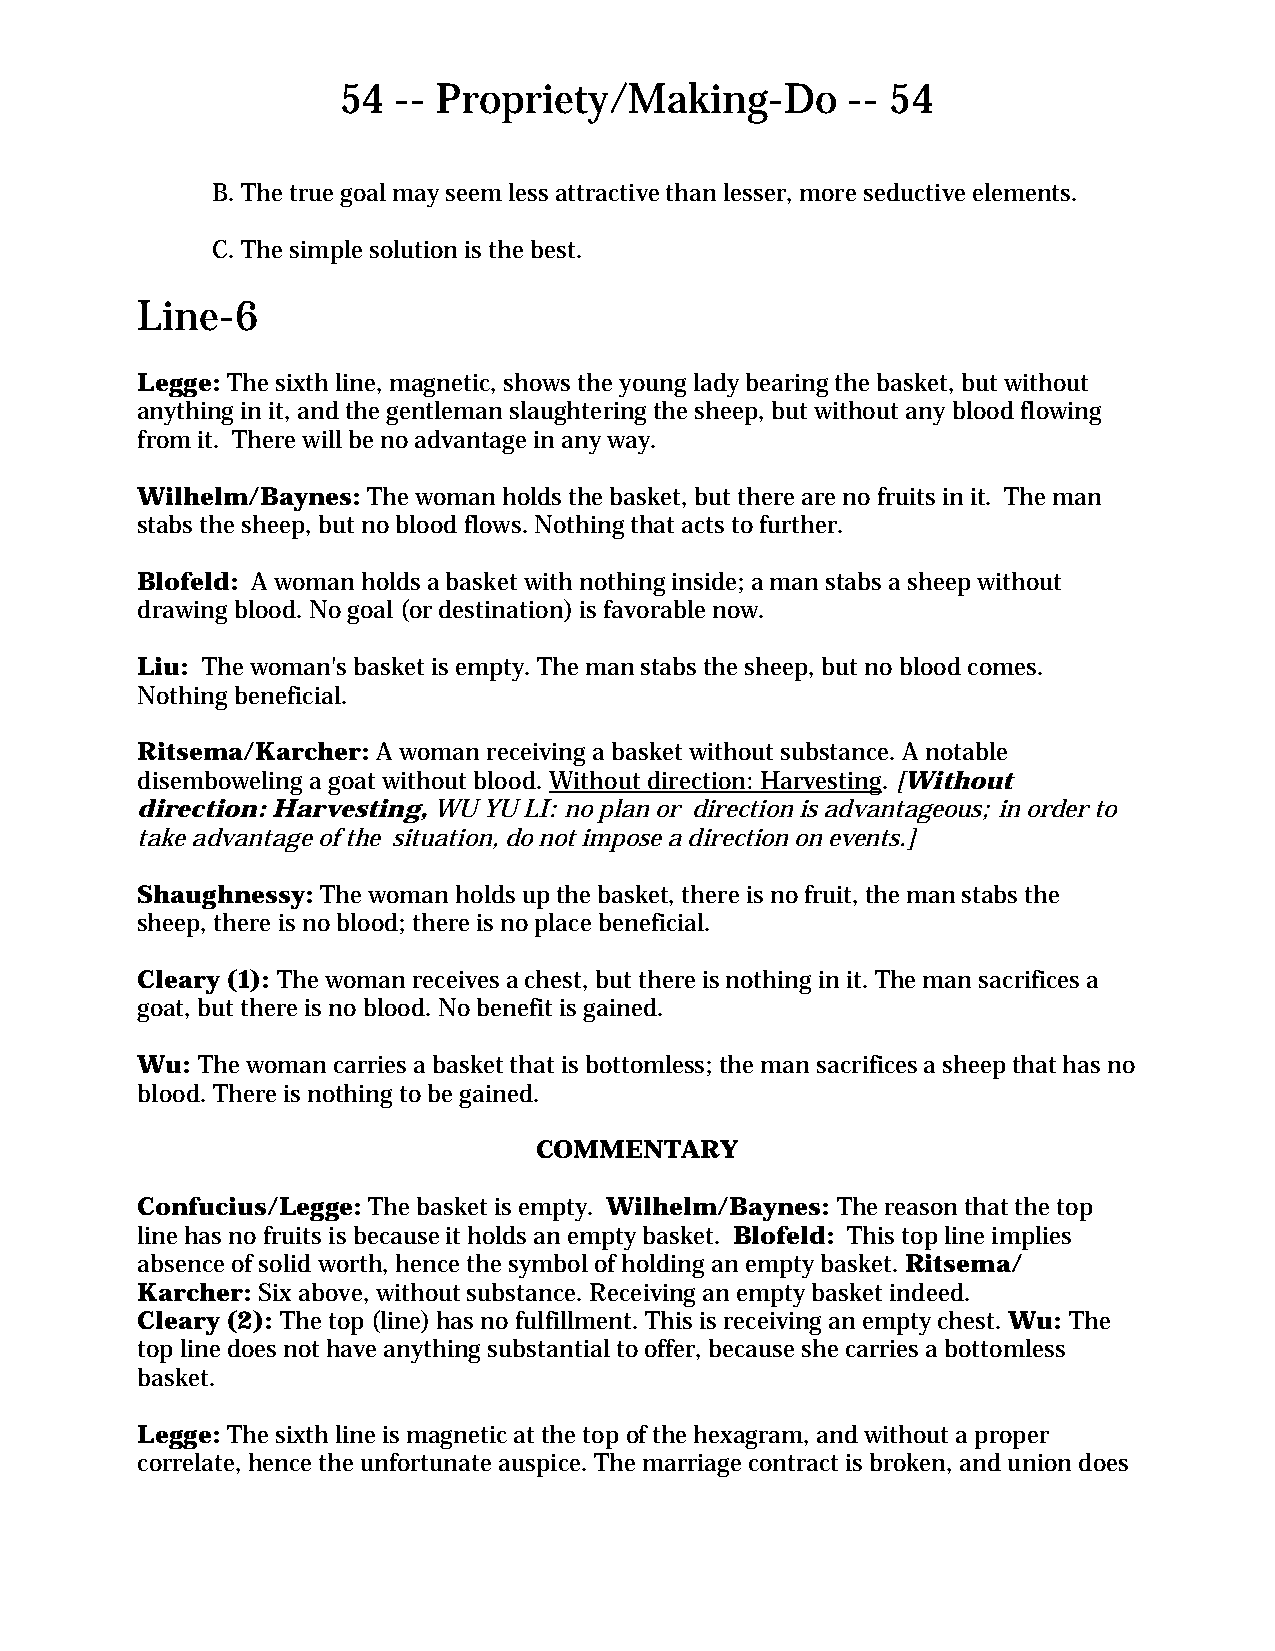
54  -- Propriety/Making-Do        -- 54
 B. The true goal may seem less attractive than lesser, more seductive elements.
 C. The simple solution is the best.
 Line-6
 Legge: The sixth line, magnetic, shows the young lady bearing the basket, but without
 anything in it, and the gentleman slaughtering the sheep, but without any blood flowing
 from it. There will be no advantage in any way.
 Wilhelm/Baynes: The woman holds the basket, but there are no fruits in it. The man
 stabs the sheep, but no blood flows. Nothing that acts to further.
 Blofeld: A woman holds a basket with nothing inside; a man stabs a sheep without
 drawing blood. No goal (or destination) is favorable now.
 Liu: The woman's basket is empty. The man stabs the sheep, but no blood comes.
 Nothing beneficial.
 Ritsema/Karcher: A woman receiving a basket without substance. A notable
 disemboweling a goat without blood. Without direction: Harvesting. [Without
 direction: Harvesting, WU YU LI: no plan or direction is advantageous; in order to
 take advantage of the situation, do not impose a direction on events.]
 Shaughnessy: The woman holds up the basket, there is no fruit, the man stabs the
 sheep, there is no blood; there is no place beneficial.
 Cleary (1): The woman receives a chest, but there is nothing in it. The man sacrifices a
 goat, but there is no blood. No benefit is gained.
 Wu: The woman carries a basket that is bottomless; the man sacrifices a sheep that has no
 blood. There is nothing to be gained.
 COMMENTARY
 Confucius/Legge: The basket is empty. Wilhelm/Baynes: The reason that the top
 line has no fruits is because it holds an empty basket. Blofeld: This top line implies
 absence of solid worth, hence the symbol of holding an empty basket. Ritsema/
 Karcher: Six above, without substance. Receiving an empty basket indeed.
 Cleary (2): The top (line) has no fulfillment. This is receiving an empty chest. Wu: The
 top line does not have anything substantial to offer, because she carries a bottomless
 basket.
 Legge: The sixth line is magnetic at the top of the hexagram, and without a proper
 correlate, hence the unfortunate auspice. The marriage contract is broken, and union does